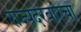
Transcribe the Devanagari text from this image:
राज्यदरबारचा